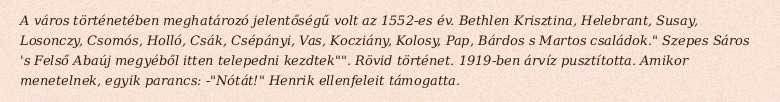
A város történetében meghatározó jelentőségű volt az 1552-es év. Bethlen Krisztina, Helebrant, Susay, Losonczy, Csomós, Holló, Csák, Csépányi, Vas, Kocziány, Kolosy, Pap, Bárdos s Martos családok." Szepes Sáros 's Felső Abaúj megyéből itten telepedni kezdtek"". Rövid történet. 1919-ben árvíz pusztította. Amikor menetelnek, egyik parancs: -"Nótát!" Henrik ellenfeleit támogatta.